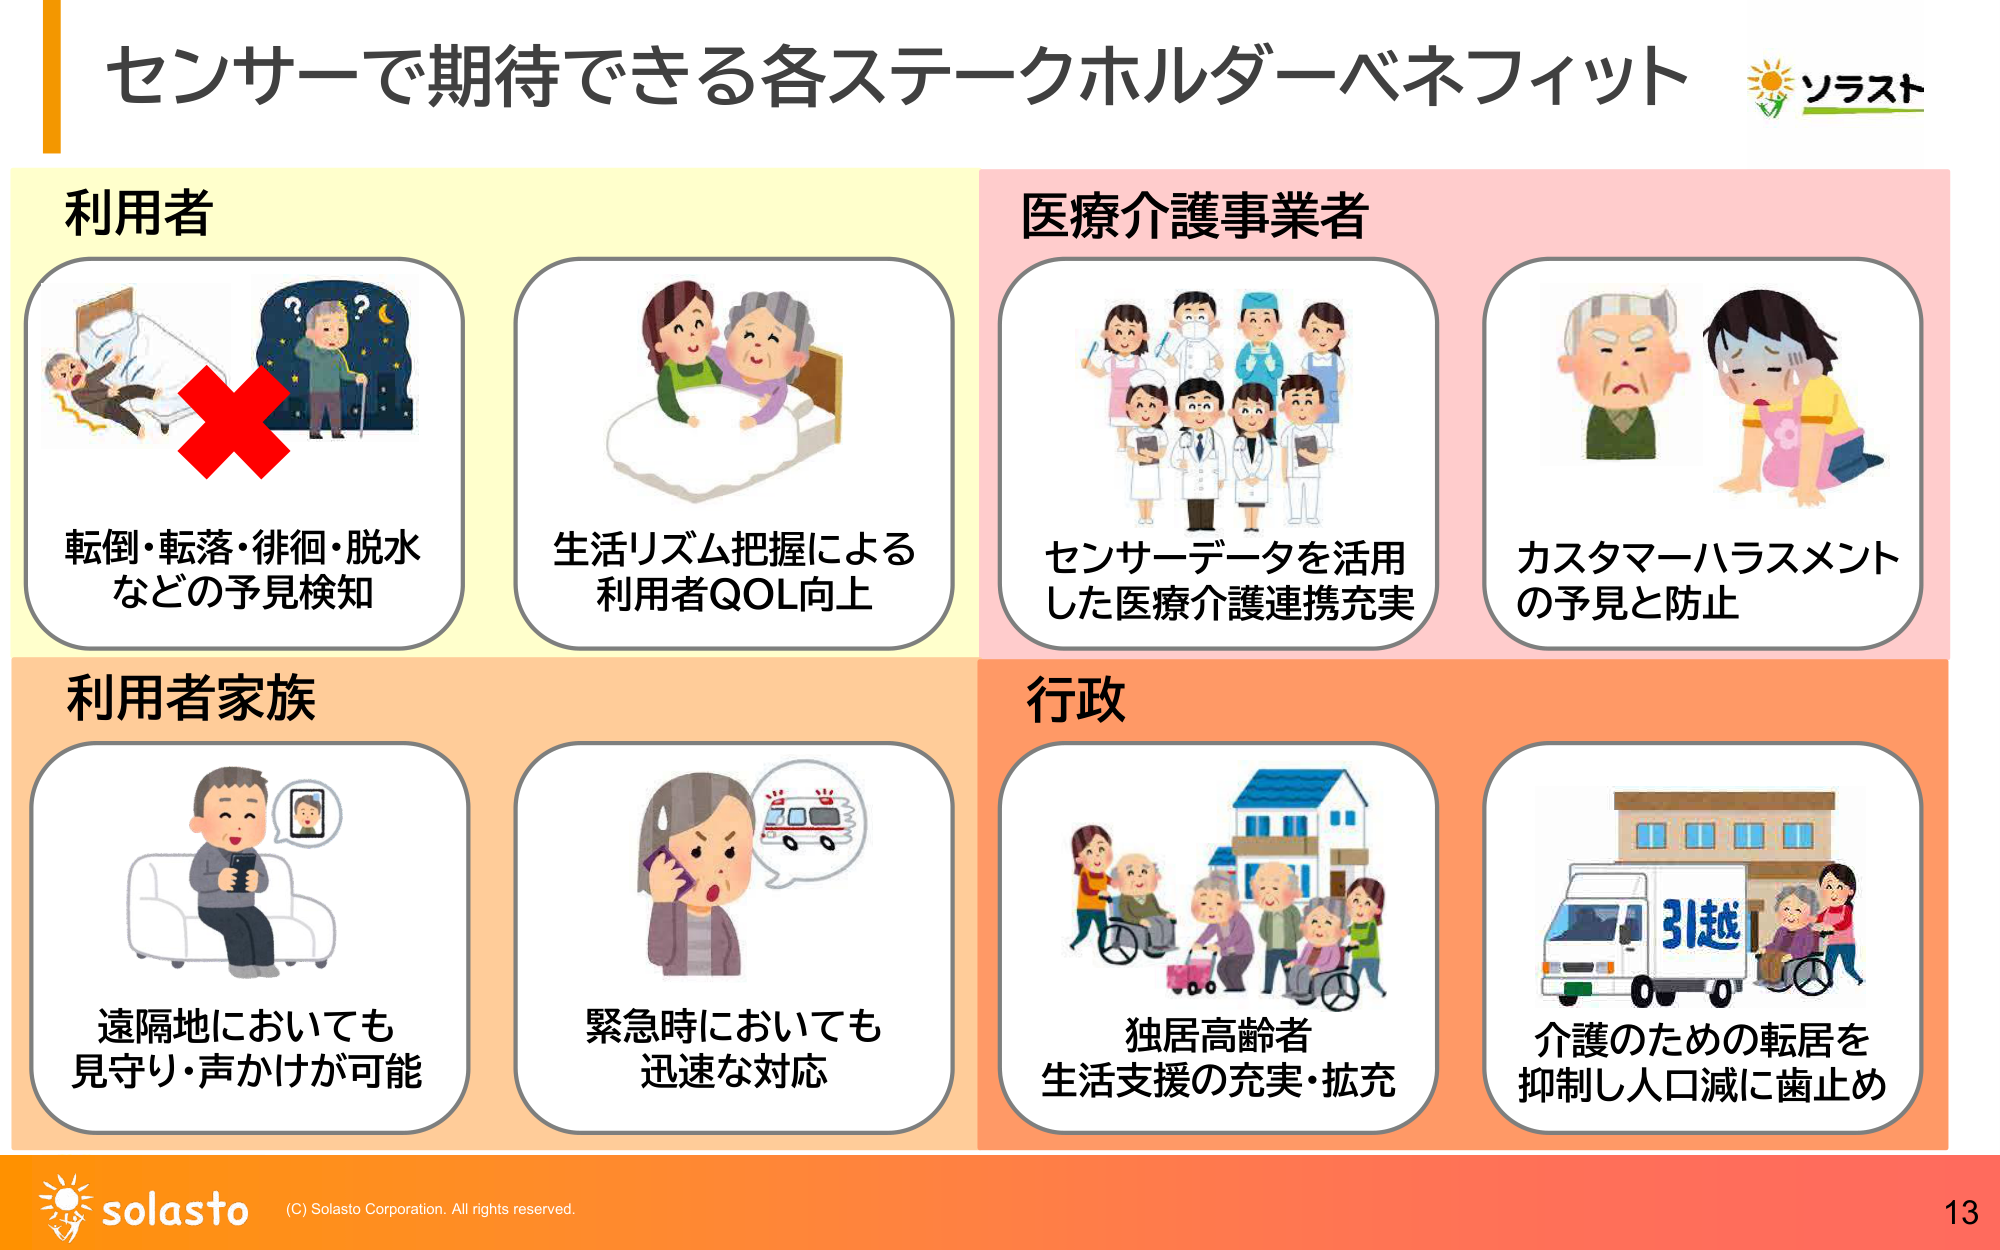
センサーで期待できる各ステークホルダーベネフィット
ソラスト

利用者
転倒・転落・徘徊・脱水
などの予見検知
生活リズム把握による
利用者QOL向上

医療介護事業者
センサーデータを活用
した医療介護連携充実
カスタマーハラスメント
の予見と防止

利用者家族
遠隔地においても
見守り・声かけが可能
緊急時においても
迅速な対応

行政
独居高齢者
生活支援の充実・拡充
介護のための転居を
抑制し人口減に歯止め

solasto
(C) Solasto Corporation. All rights reserved.
13